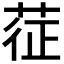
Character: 𦲵